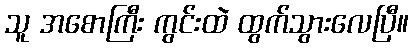
သူ အစောကြီး ကွင်းထဲ ထွက်သွားလေပြီ။